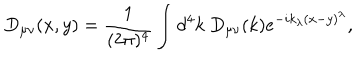
LaTeX: D _ { \mu \nu } ( x , y ) = \frac { 1 } { ( 2 \pi ) ^ { 4 } } \int d ^ { 4 } k \ D _ { \mu \nu } ( k ) e ^ { - i k _ { \lambda } ( x - y ) ^ { \lambda } } ,